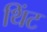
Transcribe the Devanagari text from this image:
थिंट